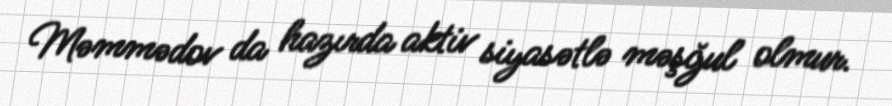
Məmmədov da hazırda aktiv siyasətlə məşğul olmur.